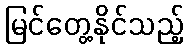
မြင်တွေ့နိုင်သည့်